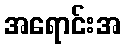
အရောင်းအ